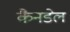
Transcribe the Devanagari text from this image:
कैनडेल